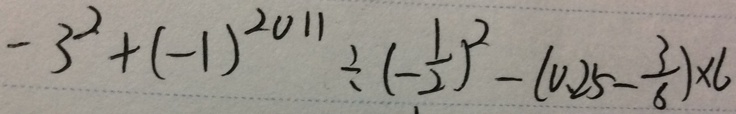
- 3 ^ { 2 } + ( - 1 ) ^ { 2 0 1 1 } \div ( - \frac { 1 } { 2 } ) ^ { 2 } - ( 0 . 2 5 - \frac { 3 } { 8 } ) \times 6